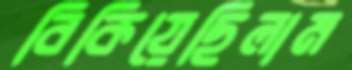
বিকিয়েছিলাম